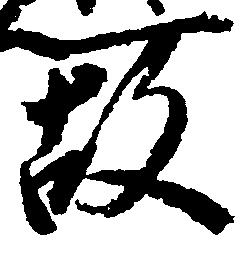
故